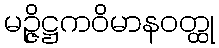
မဉ္ဇိဋ္ဌကဝိမာနဝတ္ထု